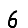
Digit: 6